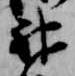
神